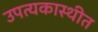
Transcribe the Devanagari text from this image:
उपत्यकास्थीत